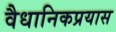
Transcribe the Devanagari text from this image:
वैधानिकप्रयास